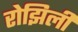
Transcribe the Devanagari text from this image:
रोझिली